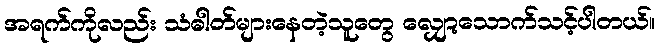
အရက်ကိုလည်း သံဓါတ်များနေတဲ့သူတွေ လျှော့သောက်သင့်ပါတယ်။